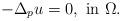
LaTeX: \begin{align*}-\Delta_p u=0,\mbox{ in }\Omega.\end{align*}